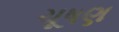
ચૂષણ